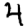
Digit: 4